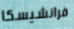
فرانشيسكا